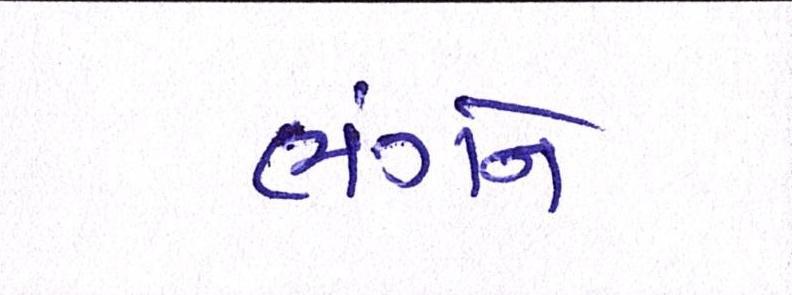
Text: ભંગને